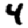
Digit: 4